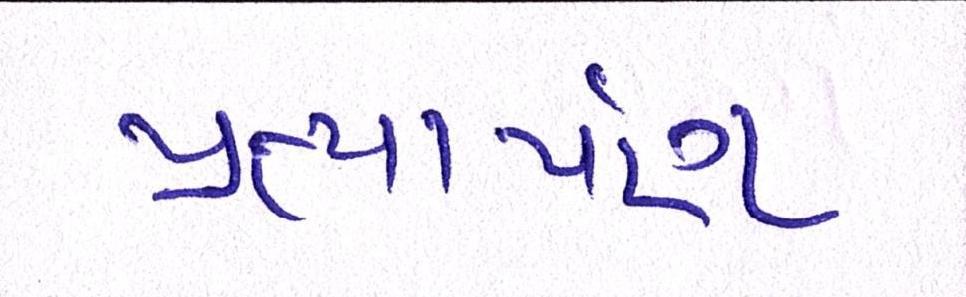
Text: પ્રત્યાર્પણ